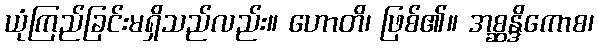
ယုံကြည်ခြင်းမရှိသည်လည်း။ ဟောတိ၊ ဖြစ်၏။ အစ္ဆန္ဒိကောစ၊